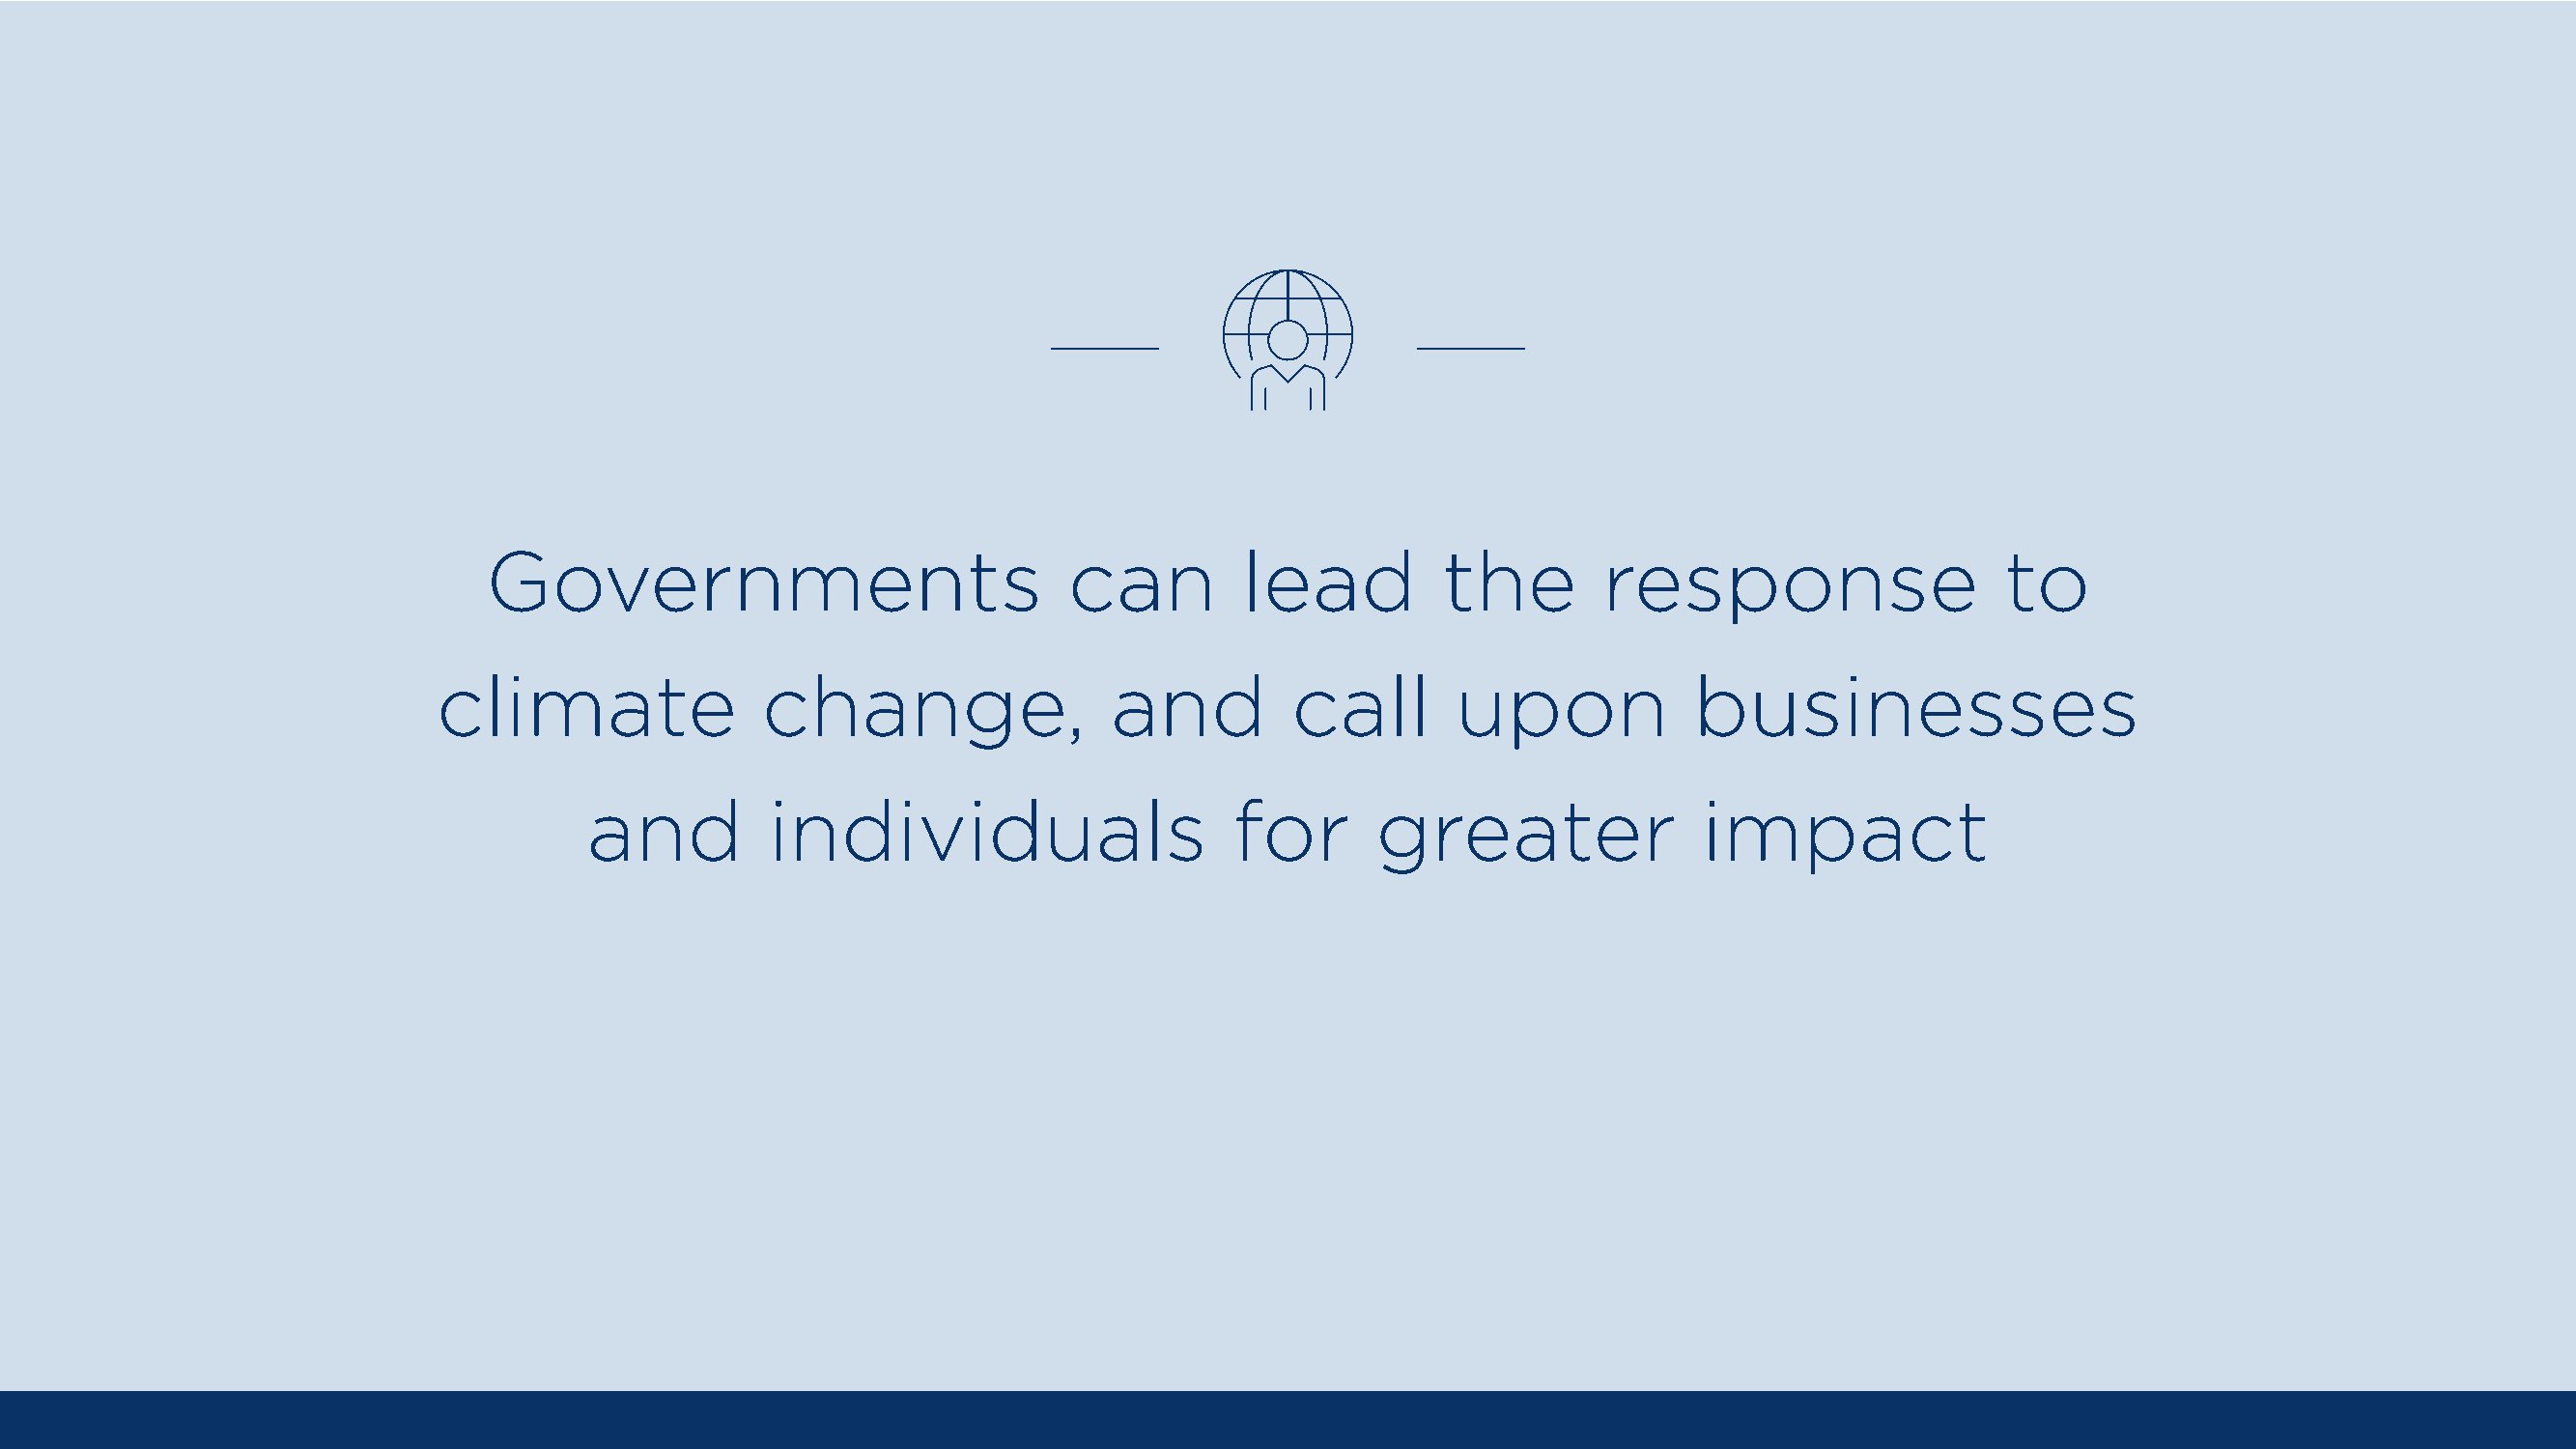
Governments                             can         lead          the        response                   to
 climate               change,                 and          call       upon            businesses
 and          individuals                    for       greater                impact